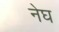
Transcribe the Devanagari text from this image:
नेघ